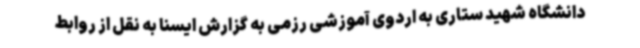
دانشگاه شهید ستاری به اردوی آموزشی رزمی به گزارش ایسنا به نقل از روابط